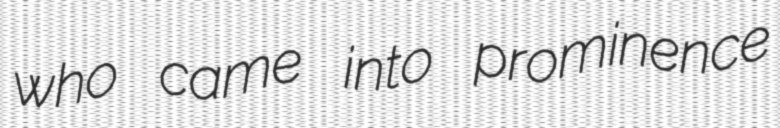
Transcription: who came into prominence